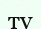
ту